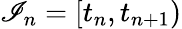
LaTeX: \mathscr{I}_{n}=[t_{n},t_{n+1})